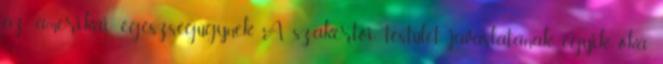
az amerikai egészségügynek. A szakértői testület javaslatának egyik oka